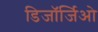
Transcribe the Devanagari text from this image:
डिजॉर्जिओ